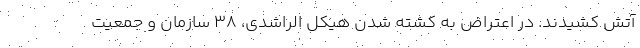
آتش کشیدند. در اعتراض به کشته شدن هیکل الراشدی، ۳۸ سازمان و جمعیت